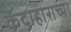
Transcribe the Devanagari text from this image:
कंदाहाराच्या